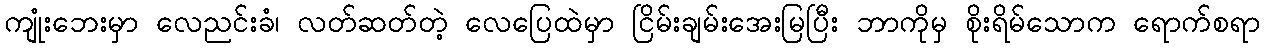
ကျုံးဘေးမှာ လေညင်းခံ၊ လတ်ဆတ်တဲ့ လေပြေထဲမှာ ငြိမ်းချမ်းအေးမြပြီး ဘာကိုမှ စိုးရိမ်သောက ရောက်စရာ